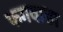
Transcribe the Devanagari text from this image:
फगवाडा